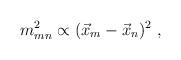
LaTeX: \begin{align*} m^2_{mn}\propto (\vec x_m -\vec x_n)^2 \ ,\end{align*}